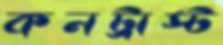
কনট্রাস্ট